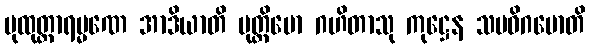
ပုထုတ္တာရမ္မဏေ အာဒိယာတိ ပုတ္တိမော ဂဟိတာသု ကုဋ္ဌေန သမဓိဂမောတိ